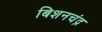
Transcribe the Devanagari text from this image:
बिशनचंद्र